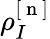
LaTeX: \rho_{I}^{[\mathrm{~n~}]}